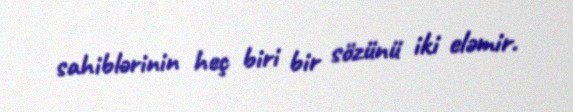
sahiblərinin heç biri bir sözünü iki eləmir.